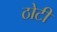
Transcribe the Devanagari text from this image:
ठोटी